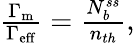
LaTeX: \begin{array}{r}{\frac{\Gamma_{\mathrm{m}}}{\Gamma_{\mathrm{eff}}}=\frac{N_{b}^{ss}}{n_{th}},}\end{array}